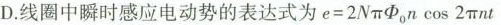
D.线圈中瞬时感应电动势的表达式为$$e = 2 N \pi \phi_{0} n \cos 2 \pi n t$$